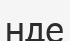
нде